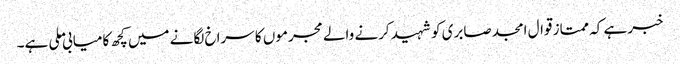
خبر ہے کہ ممتاز قوال امجد صابری کو شہید کرنے والے مجرموں کا سراخ لگانے میں کچھ کامیابی ملی ہے۔